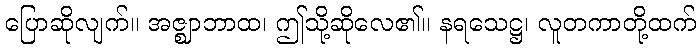
ပြောဆိုလျက်။ အဇ္ဈာဘာထ၊ ဤသို့ဆိုလေ၏။ နရသေဋ္ဌ၊ လူတကာတို့ထက်